Leaving Certificate Examination, 1921
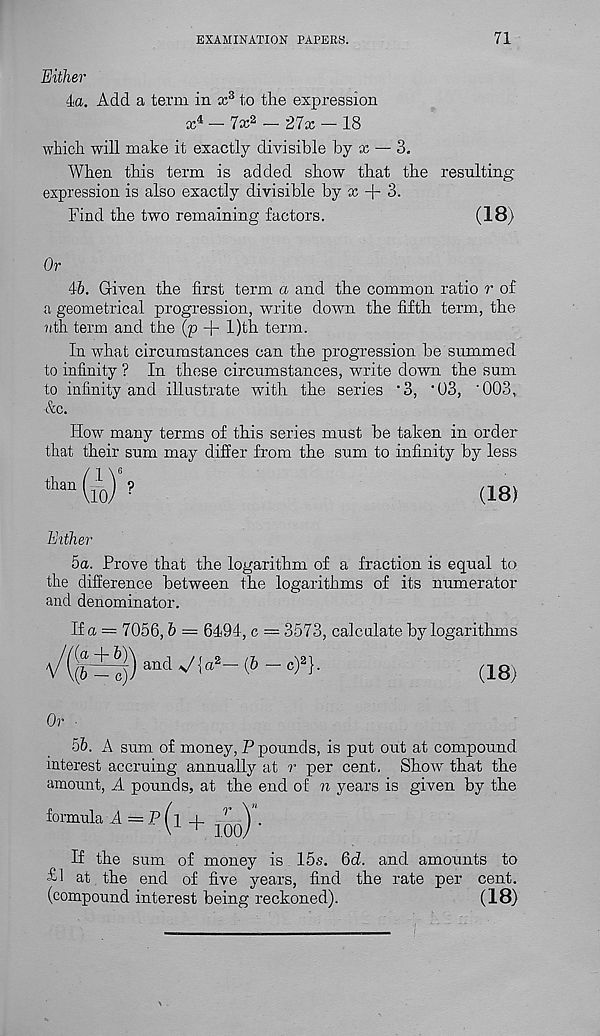
EXAMINATION PAPERS.
71
Either
4a. Add a term in x 3 to the expression
x 4 - 7x 2 - 27x - 18
which will make it exactly divisible by x — 3.
When this term is added show that the resulting-
expression is also exactly divisible by x + 3.
Find the two remaining factors.
(18)
Or
46. Given the first term a and the common ratio r of
a geometrical progression, write down the fifth term, the
nth term and the (p + l)th term.
In what circumstances can the progression be summed
to infinity ? In these circumstances, write down the sum
to infinity and illustrate with the series ‘3, ‘03, '003,
&c.
How many terms of this series must be taken in order
that their sum may differ from the sum to infinity by less
than
(18)
Either
5a. Prove that the logarithm of a fraction is equal to
the difference between the logarithms of its numerator
and denominator.
If a == 7056, h — 6494, c = 3573, calculate by logarithms
(is,
Or
56. A sum of money, P pounds, is put out at compound
interest accruing annually at r per cent. Show that the
amount, A pounds, at the end of n years is given by the
formula A—Pn
If the sum of money is 15s. 6d!. and amounts to
£1 at the end of five years, find the rate per cent,
(compound interest being reckoned).
(18)